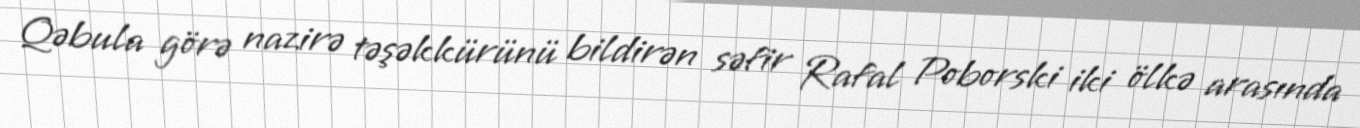
Qəbula görə nazirə təşəkkürünü bildirən səfir Rafal Poborski iki ölkə arasında